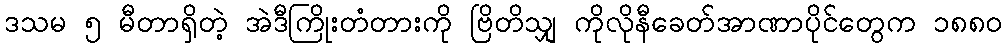
ဒသမ ၅ မီတာရှိတဲ့ အဲဒီကြိုးတံတားကို ဗြိတိသျှ ကိုလိုနီခေတ်အာဏာပိုင်တွေက ၁၈၈၀